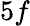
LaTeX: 5f